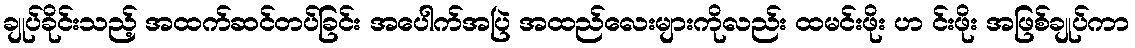
ချုပ်ခိုင်းသည့် အထက်ဆင်တပ်ခြင်း အပေါက်အပြဲ အထည်လေးများကိုလည်း ထမင်းဖိုး ဟ င်းဖိုး အဖြစ်ချုပ်ကာ